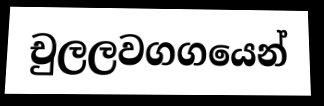
චුලලවගගයෙන්